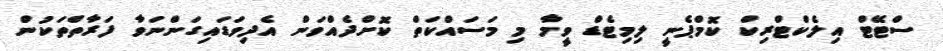
ސްޓޭޓް އިލެކްޓްރިކް ކޮމްޕެނީ ލިމިޓެޑް ވީމާ މި މަސައްކަތް ކޮށްދެއްވަން އެދިވަޑައިގަންނަވާ ފަރާތްތަކުން